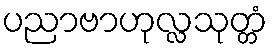
ပညာဗာဟုလ္လသုတ္တံ